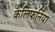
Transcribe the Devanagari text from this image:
कैलिफर्निया